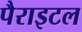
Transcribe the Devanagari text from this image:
पैराइटल